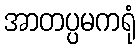
အာတပ္ပမကရုံ